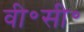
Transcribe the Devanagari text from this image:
वी॰सी॰